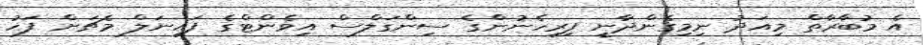
އެ މުބާރާތް މިއަދު ނިމިގެންދާނީ ފިރިހެނުންގެ ސިންގަލްސް އިވެންޓްގެ ފައިނަލް މެޗަށް ފަހު